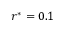
r ^ { * } = 0 . 1